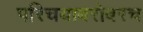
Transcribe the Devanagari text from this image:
परिचयाबरोबरच